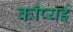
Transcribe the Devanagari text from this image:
काँप्यई